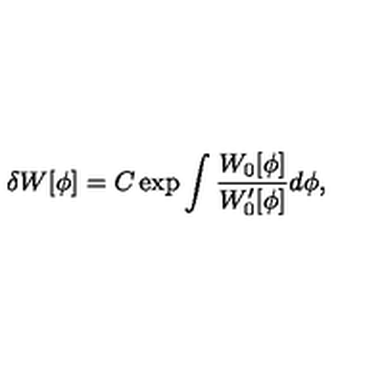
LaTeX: \delta W [ \phi ] = C \exp \int \frac { W _ { 0 } [ \phi ] } { W _ { 0 } ^ { \prime } [ \phi ] } d \phi ,